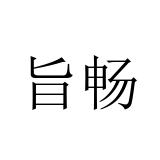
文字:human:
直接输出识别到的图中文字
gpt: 旨畅